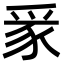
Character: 𪺏